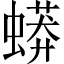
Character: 蟒